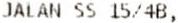
JALAN SS 15/4B,